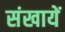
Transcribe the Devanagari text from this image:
संखायें